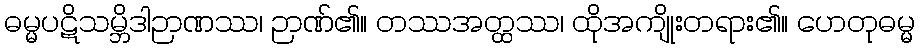
ဓမ္မပဋိသမ္ဘိဒါဉာဏဿ၊ ဉာဏ်၏။ တဿအတ္ထဿ၊ ထိုအကျိုးတရား၏။ ဟေတုဓမ္မ